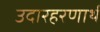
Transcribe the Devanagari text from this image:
उदारहरणार्थ